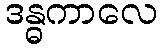
ဒန္ဓကာလေ